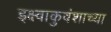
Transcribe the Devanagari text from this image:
इक्ष्वाकुवंशाच्या